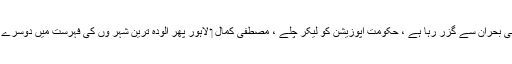
← ملک آئینی بحران سے گزر رہا ہے ، حکومت اپوزیشن کو لیکر چلے ، مصطفی کمال ‏ لاہور پھر آلودہ ترین شہر وں کی فہرست میں دوسرے نمبر پر →